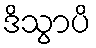
ဒိသွာပိ